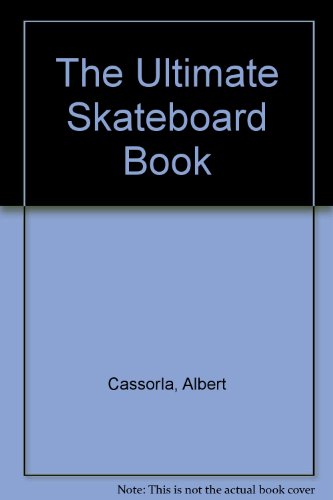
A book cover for The Ultimate Skateboard Book; Albert Fried-Cassorla; Sports & Outdoors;